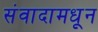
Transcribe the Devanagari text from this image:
संवादामधून